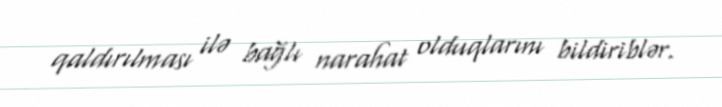
qaldırılması ilə bağlı narahat olduqlarını bildiriblər.